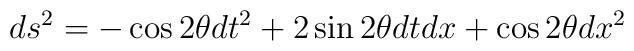
ds^2 = - \cos 2 \theta dt^2 + 2 \sin 2 \theta dt dx	    + \cos 2 \theta dx^2